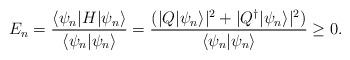
LaTeX: \begin{align*}E_{n} = \frac{\langle \psi_{n}|H|\psi_{n}\rangle}{\langle \psi_{n}|\psi_{n}\rangle} = \frac{(|Q |\psi_{n}\rangle|^{2}+|Q^{\dagger}|\psi_{n}\rangle|^{2})}{\langle\psi_{n}|\psi_{n}\rangle} \geq 0.\end{align*}